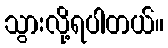
သွားလို့ရပါတယ်။